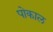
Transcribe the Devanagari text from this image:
पोकाल